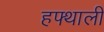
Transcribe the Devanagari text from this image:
हफ्थाली